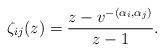
LaTeX: \begin{align*} \zeta_{ij}(z)=\frac{z-v^{-(\alpha_{i},\alpha_{j})}}{z-1}.\end{align*}